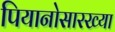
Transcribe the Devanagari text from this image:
पियानोसारख्या